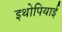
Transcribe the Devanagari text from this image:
इथोपियाई